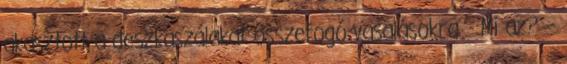
akasztott a deszkaszálakat összefogó vasalásokra. - Mi az? –